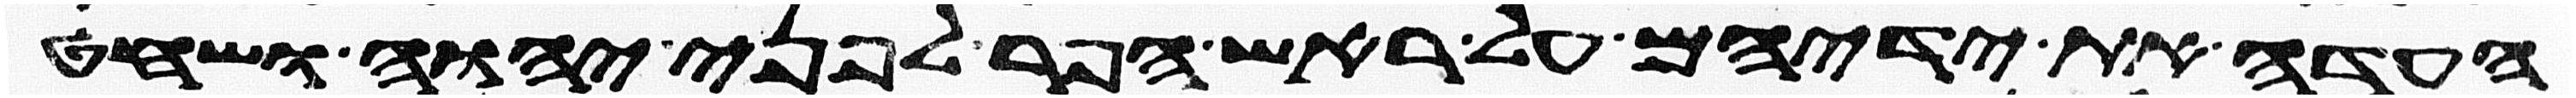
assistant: העדה את ידיהם על ראש הפר לפני יהוה ושחט